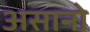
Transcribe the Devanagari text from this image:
असानो